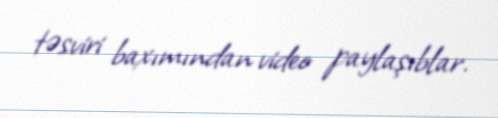
təsviri baxımından video paylaşıblar.